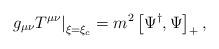
LaTeX: \begin{align*} \left.g_{\mu\nu}T^{\mu\nu}\right|_{\xi=\xi_c}=m^2\left[\Psi^\dag,\Psi\right]_+,\end{align*}